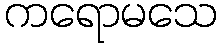
ကရောမသေ